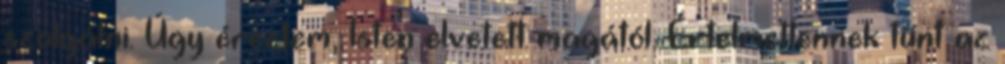
szolgálni. Úgy éreztem, Isten elvetett magától. Értelmetlennek tűnt az